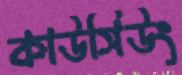
কাউসিউং